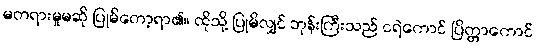
မတရားမှုမဆို ပြုမိတော့ရာ၏။ ထိုသို့ ပြုမိလျှင် ဘုန်းကြီးသည် ငရဲကောင် ပြိတ္တာကောင်